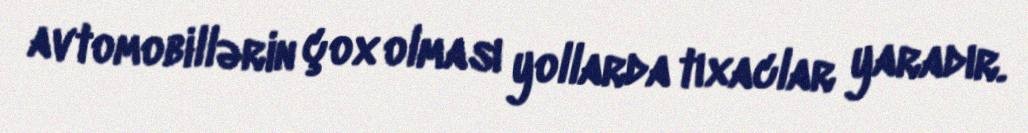
avtomobillərin çox olması yollarda tıxaclar yaradır.